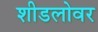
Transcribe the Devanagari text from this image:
शीडलोवर